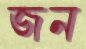
জন